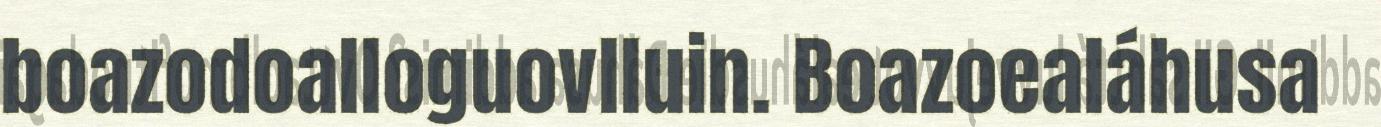
boazodoalloguovlluin. Boazoealáhusa